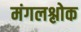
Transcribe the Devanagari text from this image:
मंगलश्लोक